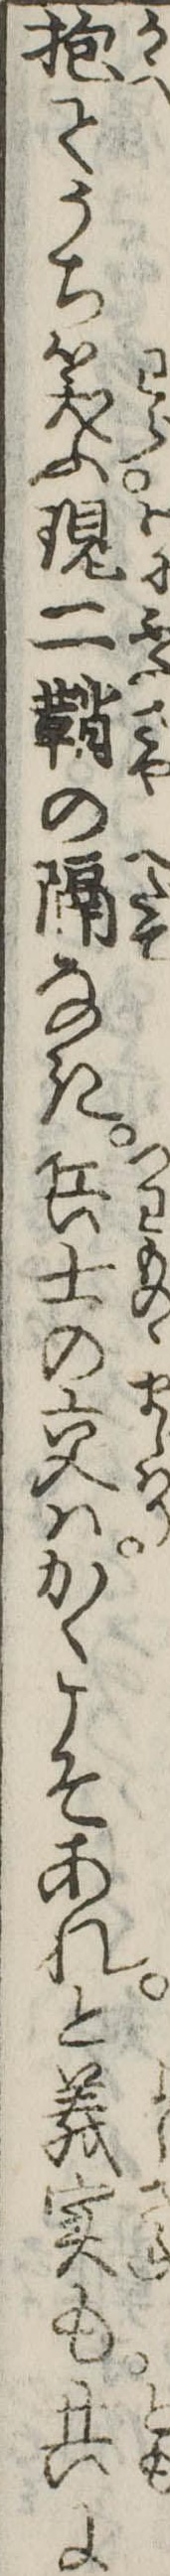
抱てうち笑ふ現二鞘の隔なき兵士の交はかくこそあれと義実も共に